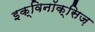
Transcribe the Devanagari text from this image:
इक्विनॉक्सिज़